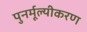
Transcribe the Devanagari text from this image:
पुनर्मूल्यीकरण